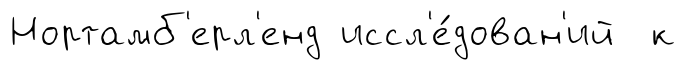
Нортамб'ерл'енд иссл'е́дован'ий к